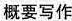
概要写作